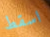
اسقط